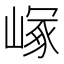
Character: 𡻑